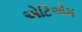
એટિએમ